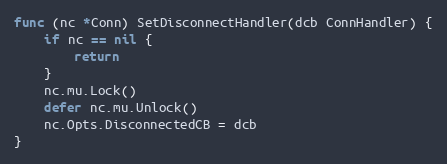
Language: Go
func (nc *Conn) SetDisconnectHandler(dcb ConnHandler) {
	if nc == nil {
		return
	}
	nc.mu.Lock()
	defer nc.mu.Unlock()
	nc.Opts.DisconnectedCB = dcb
}